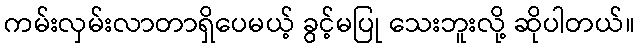
ကမ်းလှမ်းလာတာရှိပေမယ့် ခွင့်မပြု သေးဘူးလို့ ဆိုပါတယ်။